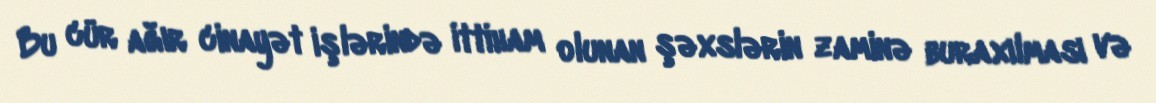
Bu cür ağır cinayət işlərində ittiham olunan şəxslərin zaminə buraxılması və